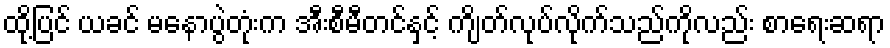
ထို့ပြင် ယခင် မနောပွဲတုံးက အီးစီမီတင်နှင့် ကျိတ်လုပ်လိုက်သည်ကိုလည်း စာရေးဆရာ